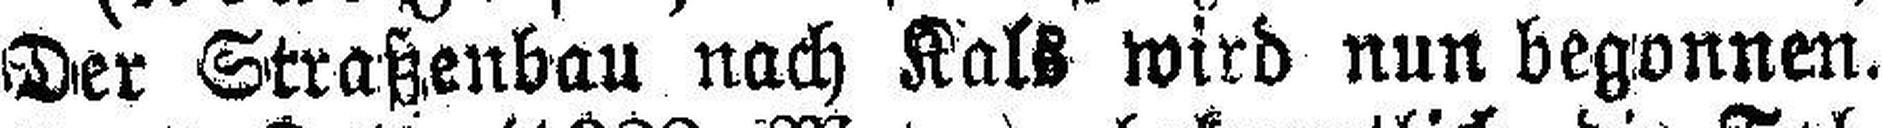
Der Straßenbau nach Kals wird nun begonnen.